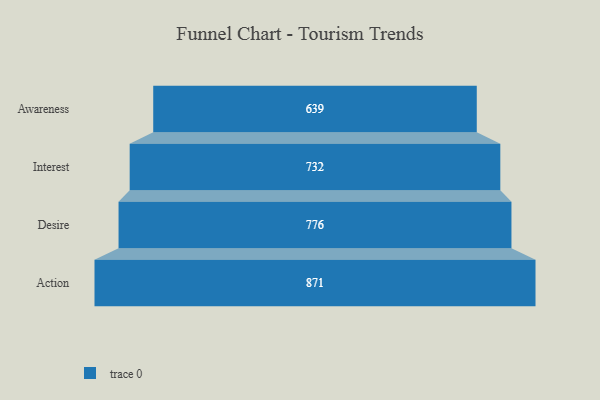
{"axis": {"x": "Stage", "y": "Value"}, "legend": [""], "data": [{"x": "Awareness", "y": 639.0, "type": ""}, {"x": "Interest", "y": 732.0, "type": ""}, {"x": "Desire", "y": 776.0, "type": ""}, {"x": "Action", "y": 871.0, "type": ""}]}